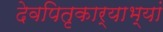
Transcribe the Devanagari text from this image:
देवपितृकार्याभ्यां